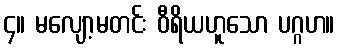
၄။ မလျော့မတင်း ဝီရိယဟူသော ပဂ္ဂဟ။